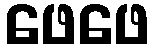
ဖေဖေ